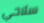
سلاحي